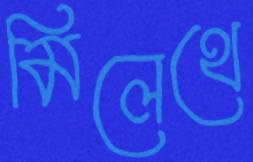
মিলেথে